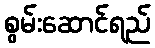
စွမ်းဆောင်ရည်